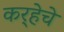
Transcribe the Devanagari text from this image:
कर्‍हेचे